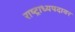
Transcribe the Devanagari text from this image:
राष्ट्राध्यपदावर